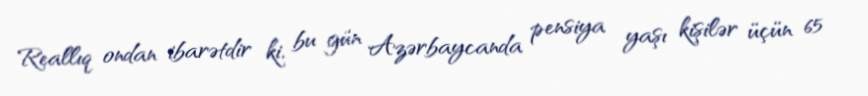
Reallıq ondan ibarətdir ki, bu gün Azərbaycanda pensiya yaşı kişilər üçün 65